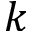
k